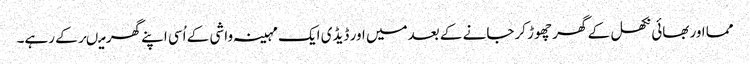
مما اوربھائی نکھل کے گھر چھوڑ کرجانے کے بعدمیں اور ڈیڈی ایک مہینہ واشی کے اُسی اپنے گھر میںرکے رہے۔